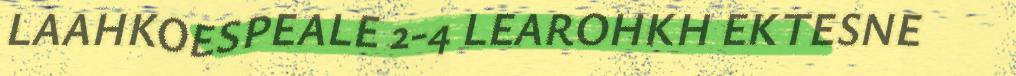
LAAHKOESPEALE 2-4 LEAROHKH EKTESNE